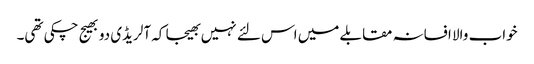
خواب والا افسانہ مقابلے میں اس لئے نہیں بھیجا کہ آلریڈی دو بھیج چکی تھی۔